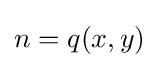
n=q(x,y)